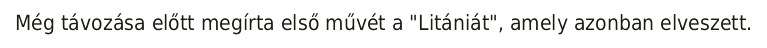
Még távozása előtt megírta első művét a "Litániát", amely azonban elveszett.